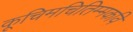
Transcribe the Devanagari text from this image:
कूचिमचितिम्मकवि